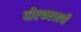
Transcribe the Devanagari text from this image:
पीएफएलपी